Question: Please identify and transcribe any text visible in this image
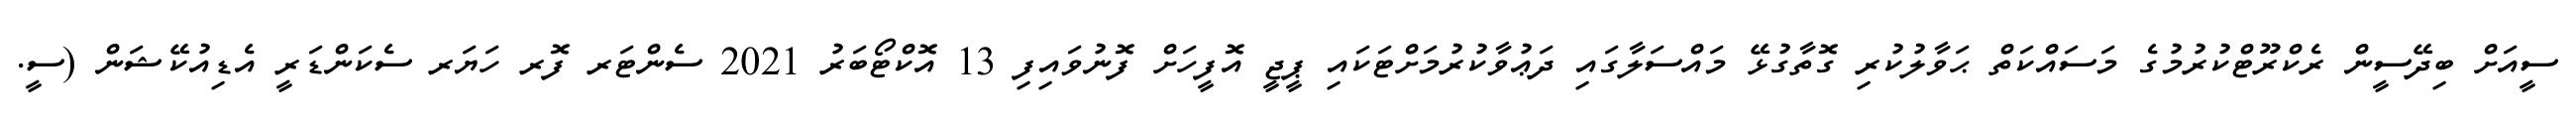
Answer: ސީއަށް ބިދޭސީން ރެކްރޫޓްކުރުމުގެ މަސައްކަތް ޙަވާލުކުރި ގޮތާގުޅޭ މައްސަލާގައި ދަޢުވާކުރުމަށްޓަކައި ޕީޖީ އޮފީހަށް ފޮނުވައިފި 13 އޮކްޓޯބަރު 2021 ސެންޓަރ ފޮރ ހަޔަރ ސެކަންޑަރީ އެޑިއުކޭޝަން (ސީ.